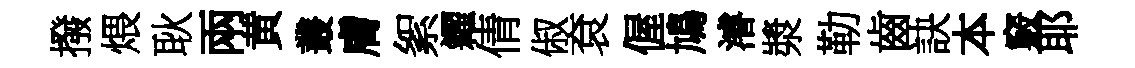
撥煨耿兩黄叢膚絮糴倩俶袞偓鳩濬漿勒齒訣本竅耶